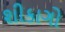
શીકાગો